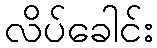
လိပ်ခေါင်း